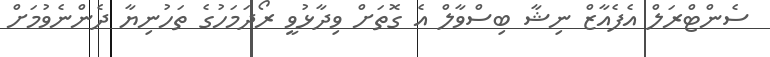
ސެންޓްރަލް އެފެއާޒް ނިޝާ ބިސްވާލް އެ ގޮތަށް ވިދާޅުވީ ރޯދަމަހުގެ ތަހުނިޔާ ދެންނެވުމަށް